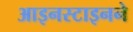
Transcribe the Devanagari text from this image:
आइनस्टाइनने